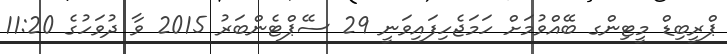
ޕްރީބިޑް މީޓިންގ ބޭއްވުމަށް ހަމަޖެހިފައިވަނީ 29 ސެެޕްޓެންބަރު 2015 ވާ ދުވަހުގެ 11:20